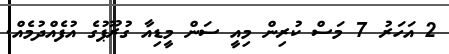
2 އަހަރު 7 މަސް ކުރިން މިއީ ސަން މީޑިއާ ގުރޫޕުގެ އުފެއްދުމެއް.